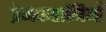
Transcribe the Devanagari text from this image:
प्रेमकहानियाँ